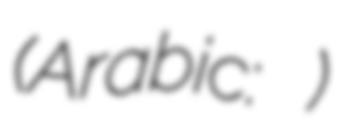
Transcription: (Arabic: التاعونة)